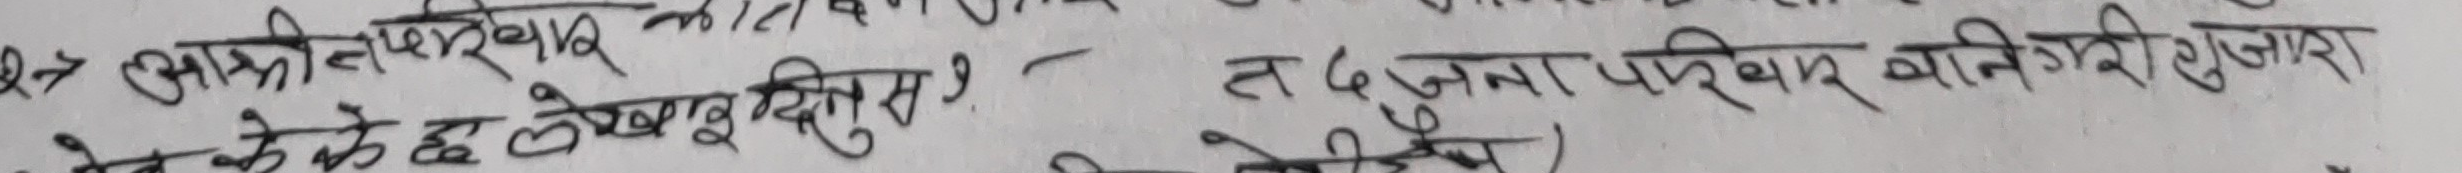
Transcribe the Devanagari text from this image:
२७ अग्नि नेपाली काव्य का विशेषताहरु उल्लेख गर? त ६ जुना परिवार बानिहारी जुहारा
नेपाल के के लेखिएका अनुसार ९.